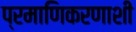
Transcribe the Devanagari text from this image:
प्रमाणिकरणाशी